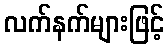
လက်နက်များဖြင့်